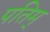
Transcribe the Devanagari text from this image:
पतिम्